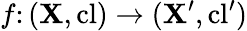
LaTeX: f\colon(\mathbf{X},\mathrm{{cl}})\to(\mathbf{X}^{\prime},\mathrm{{cl}}^{\prime})